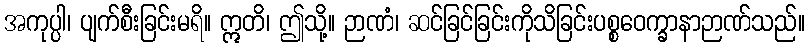
အကုပ္ပါ၊ ပျက်စီးခြင်းမရိ။ ဣတိ၊ ဤသို့။ ဉာဏံ၊ ဆင်ခြင်ခြင်းကိုသိခြင်းပစ္စဝေက္ခာနာဉာဏ်သည်။